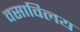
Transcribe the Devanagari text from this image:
वसाविलय